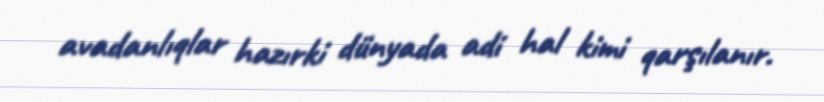
avadanlıqlar hazırki dünyada adi hal kimi qarşılanır.